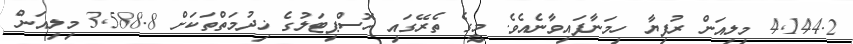
4